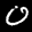
Label: 0